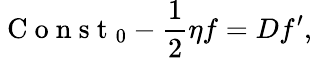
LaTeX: \mathrm{~C~o~n~s~t~}_{0}-\frac{1}{2}\eta f=Df^{\prime},